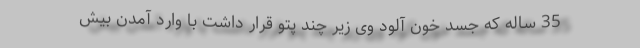
35 ساله که جسد خون آلود وی زیر چند پتو قرار داشت با وارد آمدن بیش